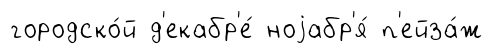
городско́й д'екабр'е́ ноjабр'я́ п'ейза́ж